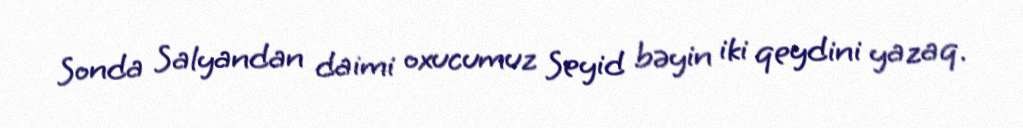
Sonda Salyandan daimi oxucumuz Seyid bəyin iki qeydini yazaq.